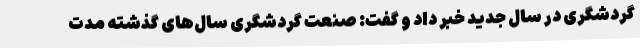
گردشگری در سال جدید خبر داد و گفت: صنعت گردشگری سال‌های گذشته مدت